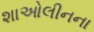
શાઓલીનના